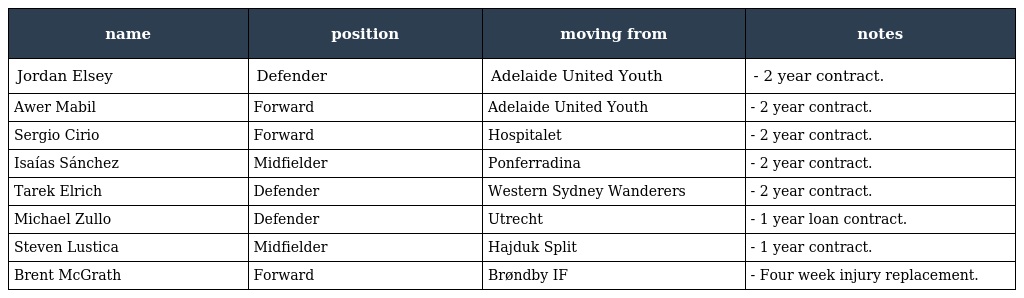
| name | position | moving from | notes |
 | --- | --- | --- | --- |
 | Jordan Elsey | Defender | Adelaide United Youth | - 2 year contract. |
 | Awer Mabil | Forward | Adelaide United Youth | - 2 year contract. |
 | Sergio Cirio | Forward | Hospitalet | - 2 year contract. |
 | Isaías Sánchez | Midfielder | Ponferradina | - 2 year contract. |
 | Tarek Elrich | Defender | Western Sydney Wanderers | - 2 year contract. |
 | Michael Zullo | Defender | Utrecht | - 1 year loan contract. |
 | Steven Lustica | Midfielder | Hajduk Split | - 1 year contract. |
 | Brent McGrath | Forward | Brøndby IF | - Four week injury replacement. |